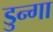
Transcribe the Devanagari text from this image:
डुन्गा